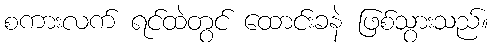
စကားလက် ရင်ထဲတွင် ထောင်းခနဲ ဖြစ်သွားသည်။